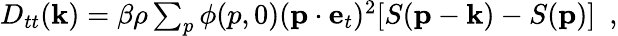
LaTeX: \begin{array}{r}{D_{tt}({\mathbf k})=\beta\rho\sum_{p}\phi(p,0)({\mathbf p}\cdot{\mathbf e}_{t})^{2}[S({\mathbf p}-{\mathbf k})-S({\mathbf p})]~~,}\end{array}